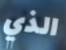
الذي